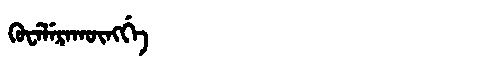
Manchu: ᡴᡠᠸᡝᠯᡝᡵᠠᡴᡡᠩᡤᡝ
Romanization: KUWELERAKŪNGGE